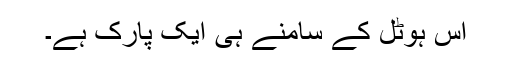
اس ہوٹل کے سامنے ہی ایک پارک ہے۔